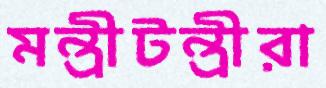
মন্ত্রীটন্ত্রীরা